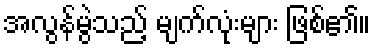
အလွန်မွဲသည့် မျက်လုံးများ ဖြစ်၏။